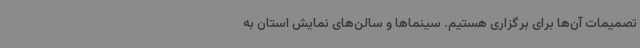
تصمیمات آن‌ها برای برگزاری هستیم. سینماها و سالن‌های نمایش استان به